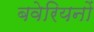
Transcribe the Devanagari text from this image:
बवेरियनों